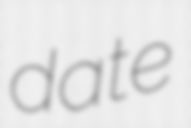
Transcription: date